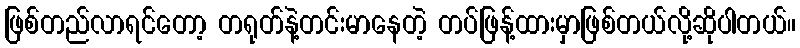
ဖြစ်တည်လာရင်တော့ တရုတ်နဲ့တင်းမာနေတဲ့ တပ်ဖြန့်ထားမှာဖြစ်တယ်လို့ဆိုပါတယ်။